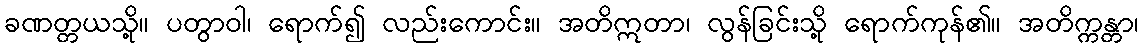
ခဏတ္တယသို့။ ပတွာဝါ၊ ရောက်၍ လည်းကောင်း။ အတိဣတာ၊ လွန်ခြင်းသို့ ရောက်ကုန်၏။ အတိက္ကန္တာ၊